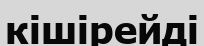
кішірейді